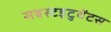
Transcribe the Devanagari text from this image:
सबस्टइटुवेंटस